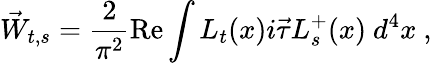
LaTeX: \vec{W}_{t,s}=\frac{2}{\pi^{2}}\mathrm{Re}\int L_{t}(x)i\vec{\tau}L_{s}^{+}(x)~d^{4}x~,